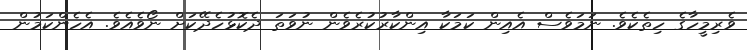
ވެރިމީހާގެ ހިތެކެވެ. ނަމަވެސް އެއިން ކަމަކާ އިންކާރުކުރެވެން ނުވަތަ ދެކޮޅުހެދޭކަށް ނޯވެއެވެ. އެހެންކަމުން